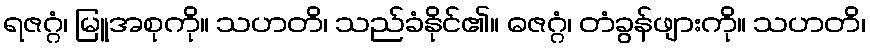
ရဇဂ္ဂံ၊ မြူအစုကို။ သဟတိ၊ သည်ခံနိုင်၏။ ဓဇဂ္ဂံ၊ တံခွန်ဖျားကို။ သဟတိ၊